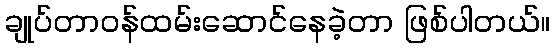
ချုပ်တာဝန်ထမ်းဆောင်နေခဲ့တာ ဖြစ်ပါတယ်။